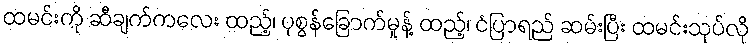
ထမင်းကို ဆီချက်ကလေး ထည့်၊ ပုစွန်ခြောက်မှုန့် ထည့်၊ ငံပြာရည် ဆမ်းပြီး ထမင်းသုပ်လို